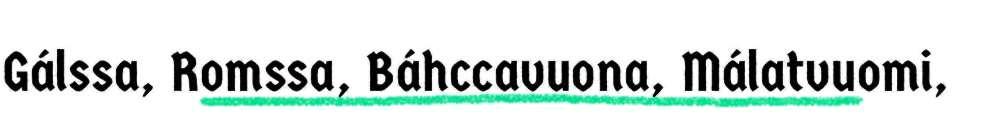
Gálssa, Romssa, Báhccavuona, Málatvuomi,